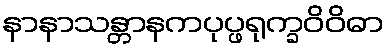
နာနာသန္တာနကပုပ္ဖရုက္ခဝိဝိဓာ